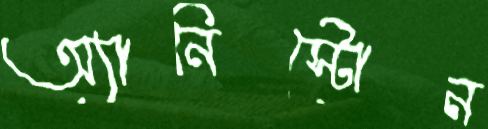
অ্যানিস্টোন